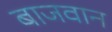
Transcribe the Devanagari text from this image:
बाजवान